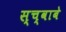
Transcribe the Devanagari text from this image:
स्च्वाबे